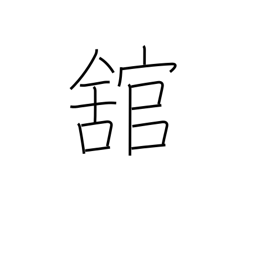
Meaning: large building